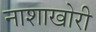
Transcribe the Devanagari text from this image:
नाशाखोरी